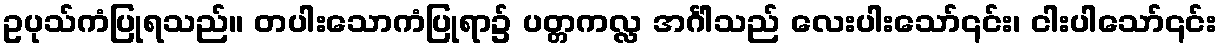
ဥပုသ်ကံပြုရသည်။ တပါးသောကံပြုရာ၌ ပတ္တကလ္လ အင်္ဂါသည် လေးပါးသော်၎င်း၊ ငါးပါသော်၎င်း